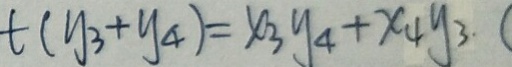
t ( y _ { 3 } + y _ { 4 } ) = x _ { 3 } y _ { 4 } + x _ { 4 } y _ { 3 } . (